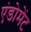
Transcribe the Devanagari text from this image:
एंडोमेंट